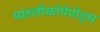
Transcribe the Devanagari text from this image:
मछलीकोपेपोड्स